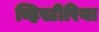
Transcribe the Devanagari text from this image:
व्हिस्टीरिया